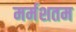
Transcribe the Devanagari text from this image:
मर्मशतम